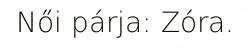
Női párja: Zóra.